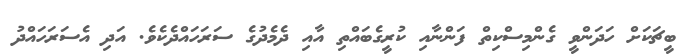
ބީޗަކަށް ހަދަންވީ ގެންމިސްކިތް ފަންނާއި ކުރީގެބައްތި އާއި ދެމެދުގެ ސަރަހައްދެކެވެ. އަދި އެސަރަހައްދު